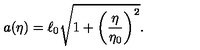
a ( \eta ) = \ell _ { 0 } \sqrt { 1 + \biggl ( \frac { \eta } { \eta _ { 0 } } \biggr ) ^ { 2 } } .